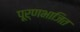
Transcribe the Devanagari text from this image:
पूर्णभाजित